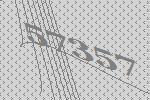
57357